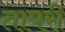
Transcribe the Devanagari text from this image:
तापरी